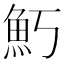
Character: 𬵁